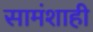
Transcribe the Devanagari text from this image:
सामंशाही